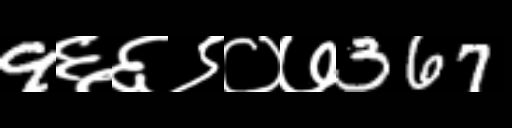
Text: 9६६९०७367